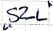
Text: "S2_L"